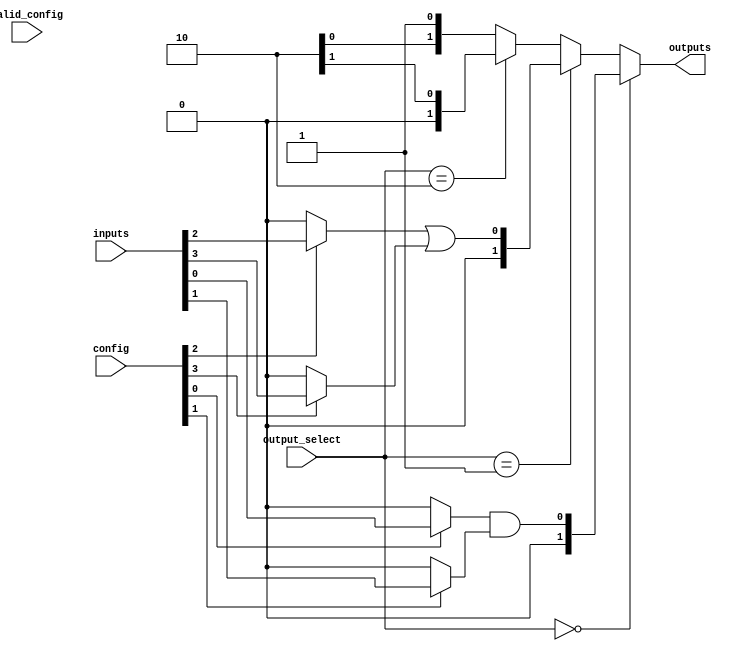
module sram_comb_logic_block #(
    parameter NUM_INPUTS = 4,
    parameter NUM_LOGIC_CONFIGS = 8,
    parameter NUM_OUTPUTS = 2
)(
    input wire [NUM_INPUTS-1:0] inputs,
    input wire [NUM_LOGIC_CONFIGS-1:0] config,
    input wire [1:0] output_select,
    input wire valid_config,
    output wire [NUM_OUTPUTS-1:0] outputs
);

// SRAM Cell Array
reg [NUM_LOGIC_CONFIGS-1:0] sram_cells [0:NUM_INPUTS-1]; // SRAM for each input line
wire [NUM_INPUTS-1:0] selected_inputs;

// Input Multiplexers
genvar i;
generate
    for (i = 0; i < NUM_INPUTS; i = i + 1) begin : mux_input
        assign selected_inputs[i] = config[i] ? inputs[i] : 1'b0; // Simple mux logic
    end
endgenerate

// Logic Function Units
wire [NUM_OUTPUTS-1:0] logic_outputs [0:NUM_INPUTS-1]; // Output from logic gates
generate
    for (i = 0; i < NUM_OUTPUTS; i = i + 1) begin : logic_units
        // Example logic: AND, OR, NOT, XOR
        assign logic_outputs[i] = (i == 0) ? (selected_inputs[0] & selected_inputs[1]) : // AND
                                   (i == 1) ? (selected_inputs[2] | selected_inputs[3]) : // OR
                                   (i == 2) ? (~selected_inputs[0]) : // NOT
                                   (selected_inputs[1] ^ selected_inputs[2]); // XOR
    end
endgenerate

// Output Multiplexers
assign outputs = (output_select == 2'b00) ? logic_outputs[0] :
                 (output_select == 2'b01) ? logic_outputs[1] :
                 (output_select == 2'b10) ? logic_outputs[2] :
                 logic_outputs[3]; // Default case

// Control Logic (to handle SRAM write/read - simplified)
always @(posedge valid_config) begin
    // SRAM write operation can be implemented here
    // e.g., sram_cells[config] <= inputs; // Logic to write inputs based on the configuration
end

// Configuration interface (could be expanded as needed)
// For example, loading configuration, clocking, etc. can be included.

endmodule